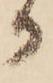
か